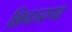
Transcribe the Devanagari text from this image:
शिवरुद्रप्पा